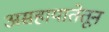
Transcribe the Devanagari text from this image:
असहायातेतून